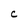
Character: c